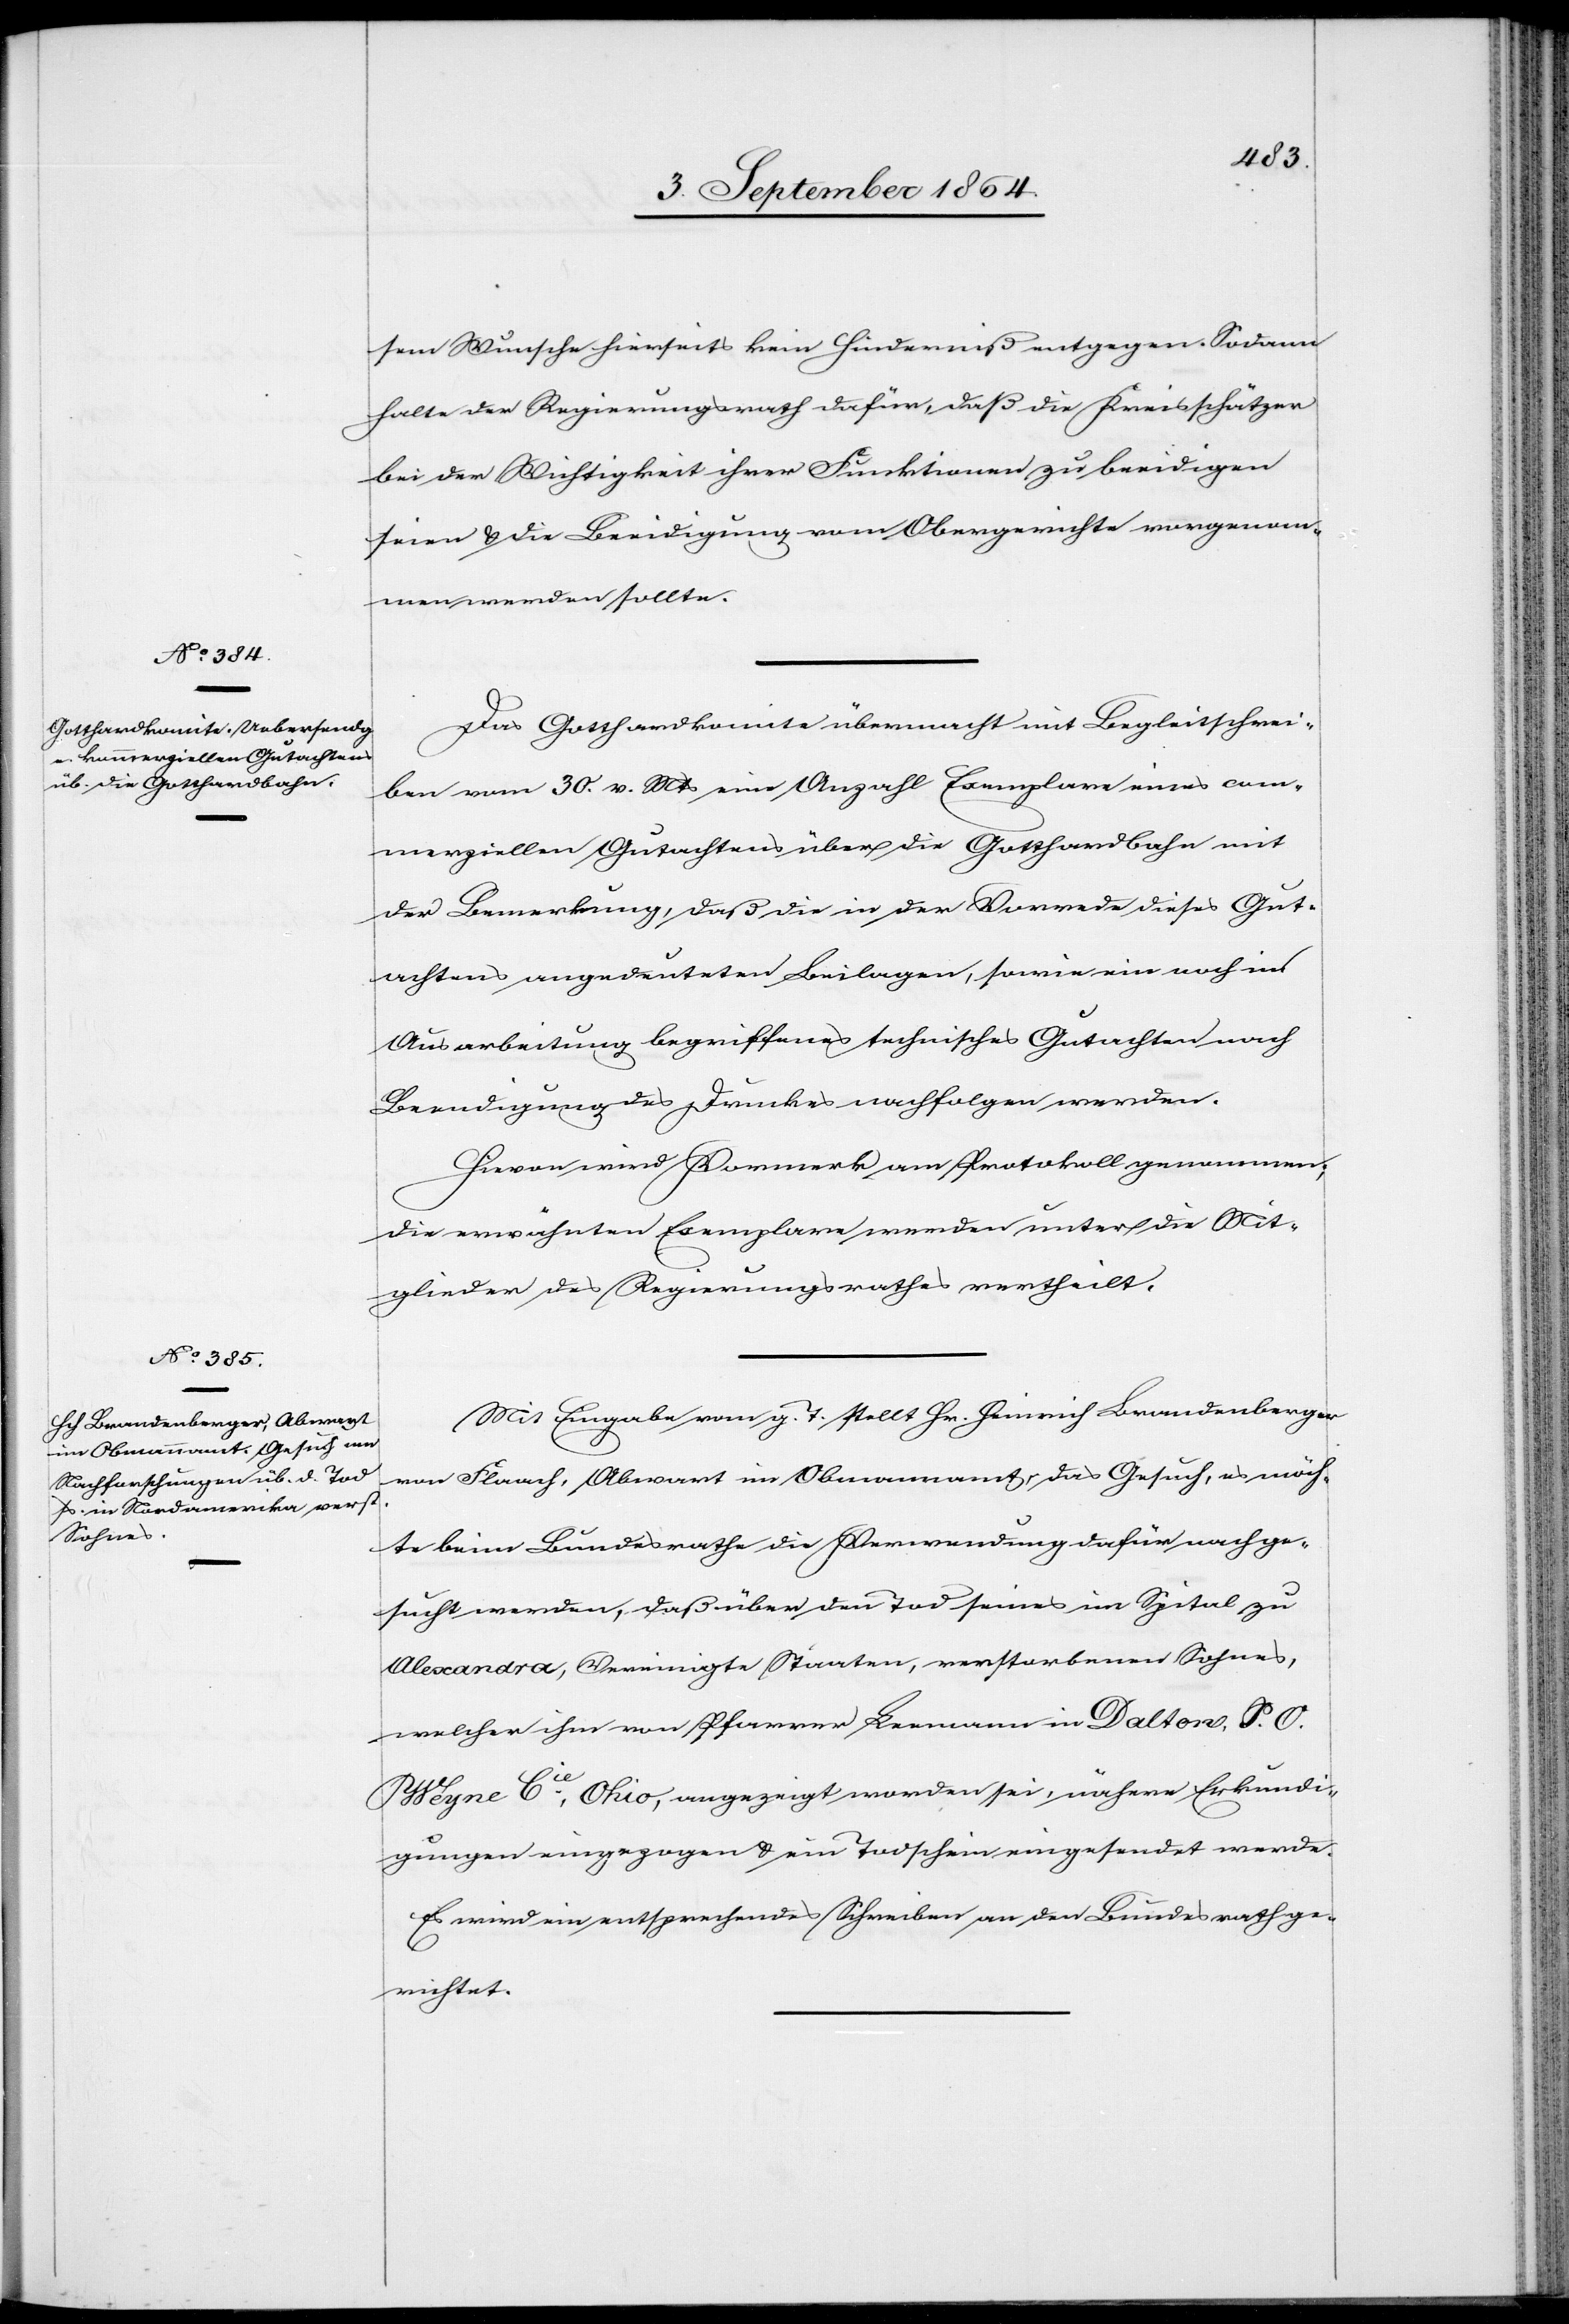
sem Wunsche hierseits kein Hinderniß entgegen. Sodann
halte der Regierungsrath dafür, daß die Kreisschätzer
bei der Wichtigkeit ihrer Funktionen zu beeidigen
seien & die Beeidigung vom Obergerichte vorgenom¬
men werden sollte.
Das Gotthardkomite übermacht mit Begleitschrei¬
ben vom 30. v. Mts eine Anzahl Exemplare eines com¬
merziellen Gutachtens über die Gotthardbahn mit
der Bemerkung, daß die in der Vorrede dieses Gut¬
achtens angedeuteten Beilagen, sowie ein noch in
Ausarbeitung begriffenes technisches Gutachten nach
Beendigung des Druckes nachfolgen werden.
Hievon wird Vormerk am Protokoll genommen;
die erwähnten Exemplare werden unter die Mit¬
glieder des Regierungsrathes vertheilt.
Mit Eingabe vom g. T. stellt Hr. Heinrich Brandenberger
von Flaach, Abwart im Obmannamt, das Gesuch, es möch¬
te beim Bundesrathe die Verwendung dafür nachge¬
sucht werden, daß über den Tod seines im Spital zu
Alexandra, Vereinigte Staaten, verstorbenen Sohnes,
welcher ihm von Pfarrer Leemann in Dalton, P. O.
Weyne Cie., Ohio, angezeigt worden sei, nähere Erkundi¬
gungen eingezogen & ein Todschein eingesendet werde.
Es wird ein entsprechendes Schreiben an den Bundesrath ge¬
richtet.